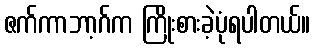
ဇက်ကာဘာ့ဂ်က ကြိုးစားခဲ့ပုံရပါတယ်။